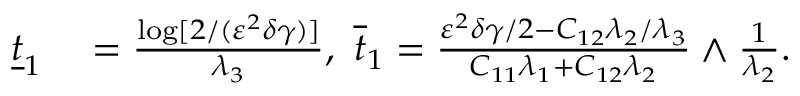
\begin{array} { r l } { \underline { { t } } _ { 1 } } & { { } = \frac { \log [ 2 / ( \varepsilon ^ { 2 } \delta \gamma ) ] } { \lambda _ { 3 } } , ~ \overline { { t } } _ { 1 } = \frac { \varepsilon ^ { 2 } \delta \gamma / 2 - C _ { 1 2 } \lambda _ { 2 } / \lambda _ { 3 } } { C _ { 1 1 } \lambda _ { 1 } + C _ { 1 2 } \lambda _ { 2 } } \wedge \frac { 1 } { \lambda _ { 2 } } . } \end{array}